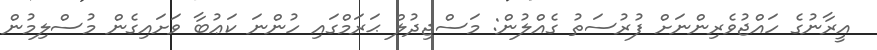
އީރާނުގެ ހައްޖުވެރިންނަށް ފުރުސަތު ގެއްލުން: މަސްޖިދުލް ޙަރަމްގައި ހުންނަ ކަޢުބާ ވަށައިގެން މުސްލިމުން